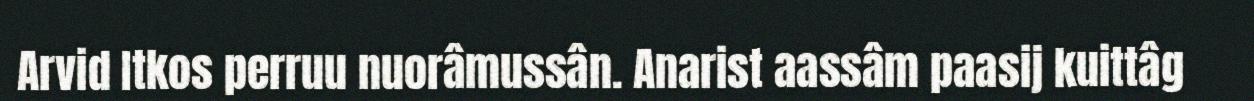
Arvid Itkos perruu nuorâmussân. Anarist aassâm paasij kuittâg